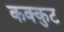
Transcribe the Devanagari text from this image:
कक्कुट